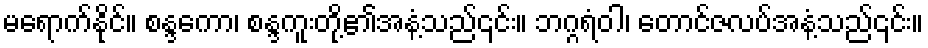
မရောက်နိုင်။ စန္ဒကော၊ စန္ဒကူးတို့၏အနံ့သည်၎င်း။ ဘဂ္ဂရံဝါ၊ တောင်ဇလပ်အနံ့သည်၎င်း။